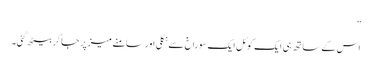
”
اس کے ساتھ ہی ایک کوئل ایک سوراخ سے نکلی اور سامنے میز پر جا کر بیٹھ گئی۔